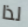
لذا